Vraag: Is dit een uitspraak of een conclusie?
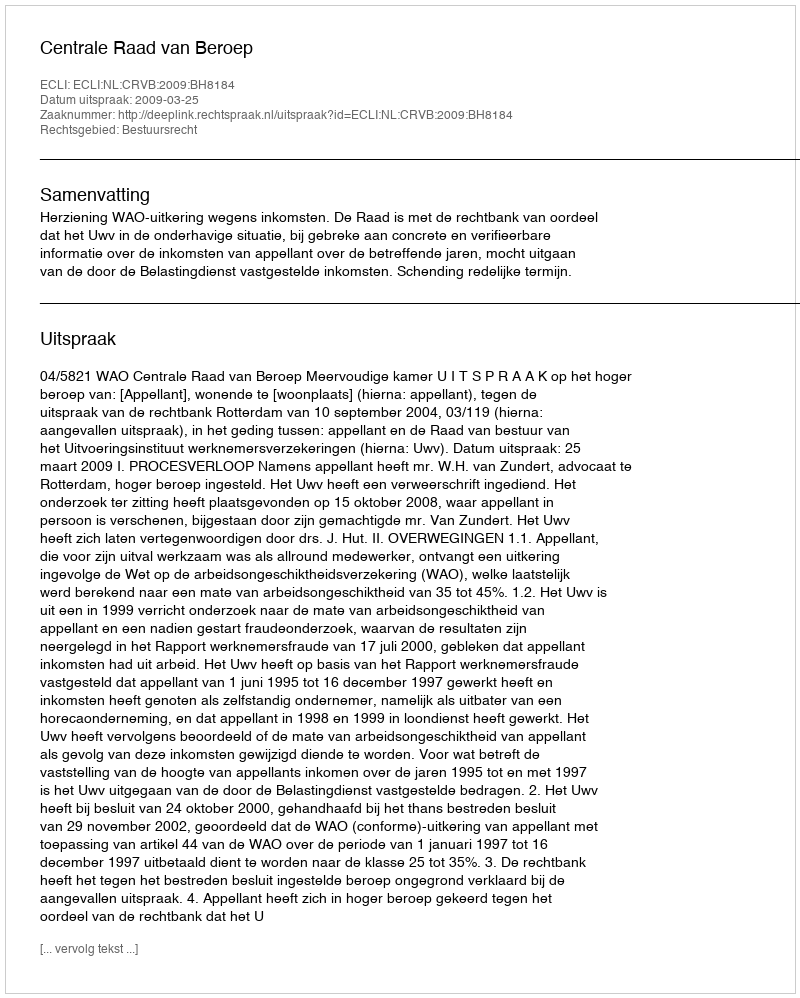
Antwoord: Uitspraak